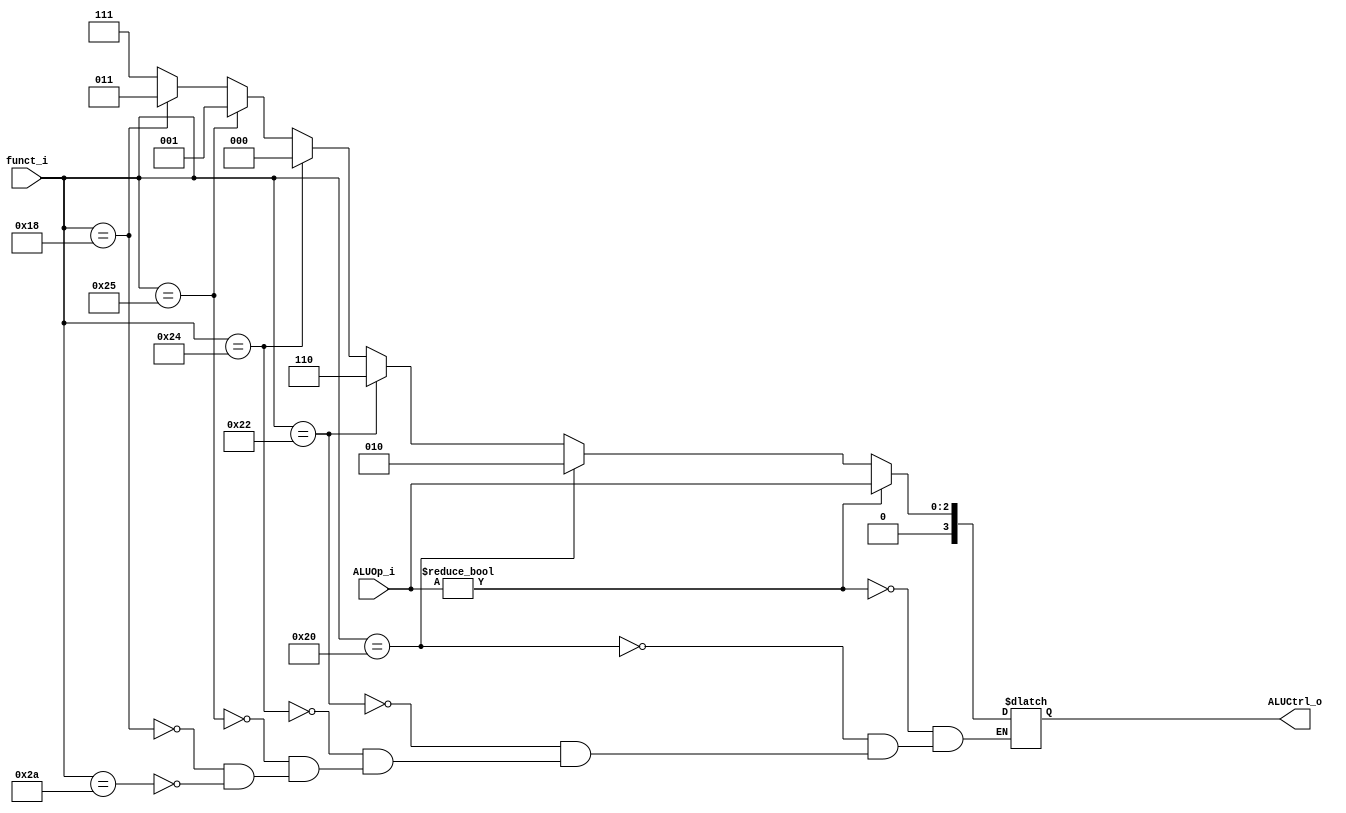
//Subject:     CO project 2 - ALU Controller
//--------------------------------------------------------------------------------
//Version:     1
//--------------------------------------------------------------------------------
//Writer:      
//----------------------------------------------
//Date:        
//----------------------------------------------
//Description: 
//--------------------------------------------------------------------------------

module ALU_Ctrl(
          funct_i,
          ALUOp_i,
          ALUCtrl_o
          );
          
//I/O ports 
input      [6-1:0] funct_i;
input      [3-1:0] ALUOp_i;

output     [4-1:0] ALUCtrl_o;    
     
//Internal Signals
reg        [4-1:0] ALUCtrl_o;

//Parameter

       
//Select exact operation
always @(*)begin
if(ALUOp_i!=3'b0)
ALUCtrl_o<={1'b0,ALUOp_i};
else begin
	if(funct_i==6'b100000)
	ALUCtrl_o<=4'b0010;
	else if(funct_i==6'b100010)
	ALUCtrl_o<=4'b0110;
	else if(funct_i==6'b100100)
	ALUCtrl_o<=4'b0000;
	else if(funct_i==6'b100101)
	ALUCtrl_o<=4'b0001;
	else if(funct_i==6'b011000)
	ALUCtrl_o<=4'b0011;
	else if(funct_i==6'b101010)
	ALUCtrl_o<=4'b0111;
end
end
endmodule